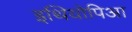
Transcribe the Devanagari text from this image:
इथियोपिआ